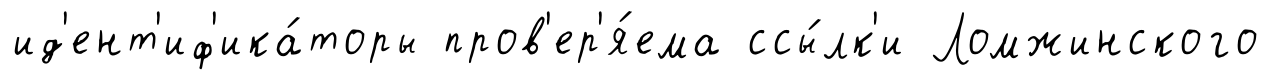
ид'ент'иф'ика́торы пров'ер'я́ема ссы́лк'и Ломжинского